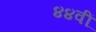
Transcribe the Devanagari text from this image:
४४वीं